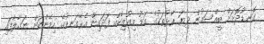
ގޮނޑުދޮށަށް ބީއްސަމުން ދިޔަ ރާޅުތަކުގެ އަޑު މިއުޒިކެއް ފަދައިން އެރޭގަނޑުގެ ހިމޭންކަން ނަގާލާފައި